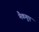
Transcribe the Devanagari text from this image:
मैकगुए